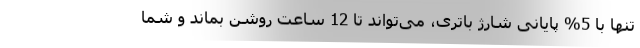
تنها با 5% پایانی شارژ باتری، می‌تواند تا 12 ساعت روشن بماند و شما